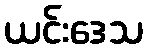
ယင်းဒေသ